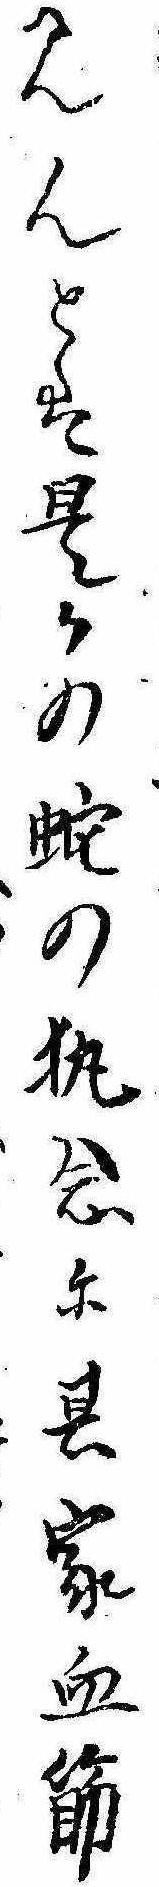
見んとは是かの蛇の執念に其家血筋